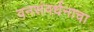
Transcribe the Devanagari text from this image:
वनसंवर्धनाचा